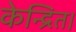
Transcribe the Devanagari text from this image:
केन्द्रित।